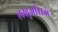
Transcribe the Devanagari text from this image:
लखुजीराजे